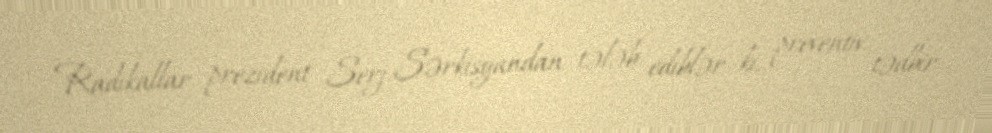
Radikallar prezident Serj Sərkisyandan tələb ediblər ki, preventiv tədbir